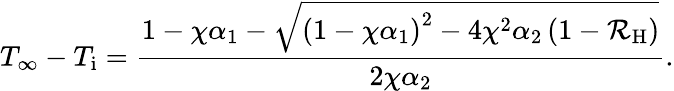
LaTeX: T_{\infty}-T_{\mathrm{i}}=\frac{1-\chi\alpha_{1}-\sqrt{\left(1-\chi\alpha_{1}\right)^{2}-4\chi^{2}\alpha_{2}\left(1-\mathcal{R}_{\mathrm{H}}\right)}}{2\chi\alpha_{2}}.